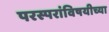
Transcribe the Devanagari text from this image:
परस्परांविषयीच्या